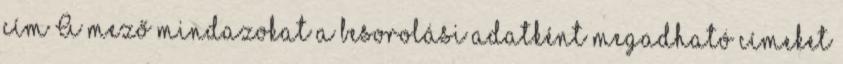
cím A mező mindazokat a besorolási adatként megadható címeket